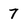
Character: 7